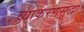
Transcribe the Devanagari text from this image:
व्याकरणसुद्धा